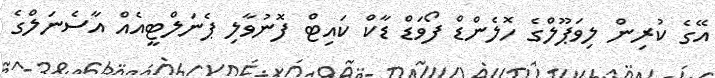
އޭގެ ކުރިން ލިވަޕޫލްގެ ހޮލެންޑް ފޯވަޑް ޑާކް ކައިޓް ފޮނުވާލި ޕެނަލްޓީއެއް އާސެނަލްގެ